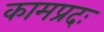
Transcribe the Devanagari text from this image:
कामप्रदः